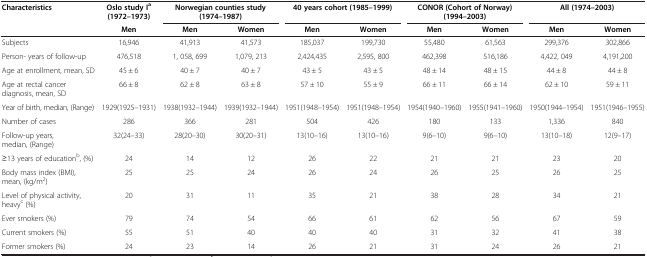
<table><thead><tr><td><b>Characteristics</b></td><td><b>Oslo study I<sup>a </sup>(1972–1973)</b></td><td colspan="2"><b>Norwegian counties study (1974–1987)</b></td><td colspan="2"><b>40 years cohort (1985–1999)</b></td><td colspan="2"><b>CONOR (Cohort of Norway) (1994–2003)</b></td><td colspan="2"><b>All (1974–2003)</b></td></tr><tr><td><b> </b></td><td><b>Men</b></td><td><b>Men</b></td><td><b>Women</b></td><td><b>Men</b></td><td><b>Women</b></td><td><b>Men</b></td><td><b>Women</b></td><td><b>Men</b></td><td><b>Women</b></td></tr></thead><tbody><tr><td>Subjects</td><td>16,946</td><td>41,913</td><td>41,573</td><td>185,037</td><td>199,730</td><td>55,480</td><td>61,563</td><td>299,376</td><td>302,866</td></tr><tr><td>Person- years of follow-up</td><td>476,518</td><td>1, 058, 699</td><td>1,079, 213</td><td>2,424,435</td><td>2,595, 800</td><td>462,398</td><td>516,186</td><td>4,422, 049</td><td>4,191,200</td></tr><tr><td>Age at enrollment, mean, SD</td><td>45 ± 6</td><td>40 ± 7</td><td>40 ± 7</td><td>43 ± 5</td><td>43 ± 5</td><td>48 ± 14</td><td>48 ± 15</td><td>44 ± 8</td><td>44 ± 8</td></tr><tr><td>Age at rectal cancer diagnosis, mean, SD</td><td>66 ± 8</td><td>62 ± 8</td><td>63 ± 8</td><td>57 ± 10</td><td>55 ± 9</td><td>66 ± 11</td><td>66 ± 14</td><td>62 ± 10</td><td>59 ± 11</td></tr><tr><td>Year of birth, median, (Range)</td><td>1929(1925–1931)</td><td>1938(1932–1944)</td><td>1939(1932–1944)</td><td>1951(1948–1954)</td><td>1951(1948–1954)</td><td>1954(1940–1960)</td><td>1955(1941–1960)</td><td>1950(1944–1954)</td><td>1951(1946–1955)</td></tr><tr><td>Number of cases</td><td>286</td><td>366</td><td>281</td><td>504</td><td>426</td><td>180</td><td>133</td><td>1,336</td><td>840</td></tr><tr><td>Follow-up years, median, (Range)</td><td>32(24–33)</td><td>28(20–30)</td><td>30(20–31)</td><td>13(10–16)</td><td>13(10–16)</td><td>9(6–10)</td><td>9(6–10)</td><td>13(10–18)</td><td>12(9–17)</td></tr><tr><td>≥13 years of education<sup>b</sup>, (%)</td><td>24</td><td>14</td><td>12</td><td>26</td><td>22</td><td>21</td><td>21</td><td>23</td><td>20</td></tr><tr><td>Body mass index (BMI), mean, (kg/m<sup>2</sup>)</td><td>25</td><td>25</td><td>24</td><td>26</td><td>24</td><td>26</td><td>25</td><td>26</td><td>25</td></tr><tr><td>Level of physical activity, heavy<sup>c</sup> (%)</td><td>20</td><td>31</td><td>11</td><td>35</td><td>21</td><td>38</td><td>28</td><td>34</td><td>21</td></tr><tr><td>Ever smokers (%)</td><td>79</td><td>74</td><td>54</td><td>66</td><td>61</td><td>62</td><td>56</td><td>67</td><td>59</td></tr><tr><td>Current smokers (%)</td><td>55</td><td>51</td><td>40</td><td>40</td><td>40</td><td>31</td><td>32</td><td>41</td><td>38</td></tr><tr><td>Former smokers (%)</td><td>24</td><td>23</td><td>14</td><td>26</td><td>21</td><td>31</td><td>24</td><td>26</td><td>21</td></tr></tbody></table>